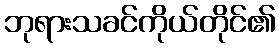
ဘုရားသခင်ကိုယ်တိုင်၏